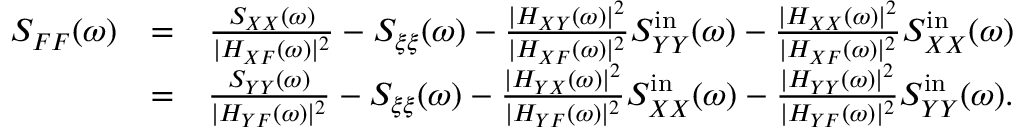
\begin{array} { r l r } { S _ { F F } ( \omega ) } & { = } & { \frac { S _ { X X } ( \omega ) } { | H _ { X F } ( \omega ) | ^ { 2 } } - S _ { \xi \xi } ( \omega ) - \frac { | H _ { X Y } ( \omega ) | ^ { 2 } } { | H _ { X F } ( \omega ) | ^ { 2 } } S _ { Y Y } ^ { \mathrm { i n } } ( \omega ) - \frac { | H _ { X X } ( \omega ) | ^ { 2 } } { | H _ { X F } ( \omega ) | ^ { 2 } } S _ { X X } ^ { \mathrm { i n } } ( \omega ) } \\ & { = } & { \frac { S _ { Y Y } ( \omega ) } { | H _ { Y F } ( \omega ) | ^ { 2 } } - S _ { \xi \xi } ( \omega ) - \frac { | H _ { Y X } ( \omega ) | ^ { 2 } } { | H _ { Y F } ( \omega ) | ^ { 2 } } S _ { X X } ^ { \mathrm { i n } } ( \omega ) - \frac { | H _ { Y Y } ( \omega ) | ^ { 2 } } { | H _ { Y F } ( \omega ) | ^ { 2 } } S _ { Y Y } ^ { \mathrm { i n } } ( \omega ) . } \end{array}